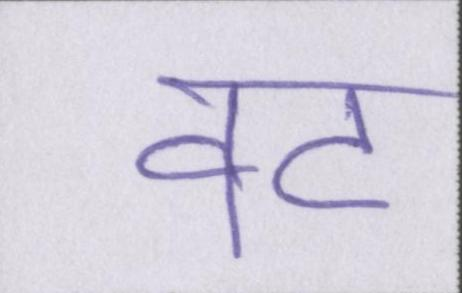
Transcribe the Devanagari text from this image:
वट